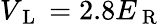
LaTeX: V_{\mathrm{~L~}}=2.8E_{\mathrm{~R~}}